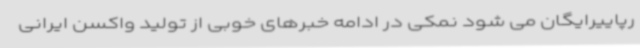
رپاییرایگان می شود نمکی در ادامه خبرهای خوبی از تولید واکسن ایرانی